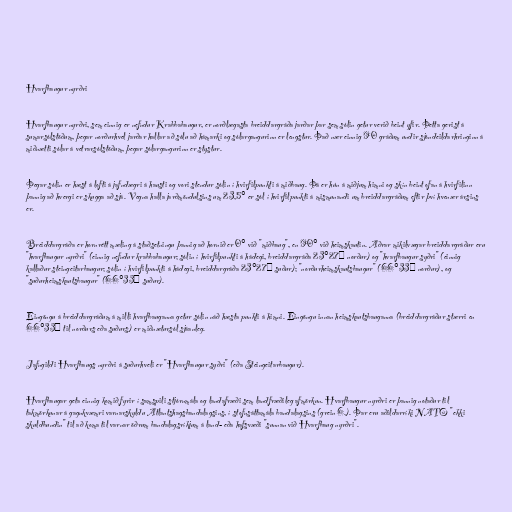
Hvarfbaugur nyrðri

Hvarfbaugur nyrðri, sem einnig er nefndur Krabbabaugur, er norðlægasta breiddargráða jarðar þar sem sólin getur verið beint yfir. Þetta gerist á
sumarsólstöðum, þegar norðurhvel jarðar hallar að sólu að hámarki og sólargangurinn er lengstur. Það nær einnig 90 gráðum undir sjóndeildarhringinn á
miðnætti sólar á vetrarsólstöðum, þegar sólargangurinn er stystur.

Þegar sólin er hæst á lofti á jafndægri á hausti og vori stendur sólin í hvirfilpunkti á miðbaug. Þá er hún á miðjum himni og skín beint ofan á hvirfilinn
þannig að hvergi er skugga að sjá. Vegna halla jarðmöndulsins um 23,5° er sól í hvirfilpunkti á mismunandi um breiddargráðum eftir því hvenær ársins
er.

Breiddargráða er hornrétt mæling á staðsetningu þannig að hornið er 0° við "miðbaug", en 90° við heimskautin. Aðrar mikilvægar breiddargráður eru
"hvarfbaugur nyrðri" (einnig nefndur krabbabaugur; sólin í hvirfilpunkti á hádegi, breiddargráða 23°27′ norður) og "hvarfbaugur syðri" (einnig
kallaður steingeitarbaugur; sólin í hvirfilpunkti á hádegi, breiddargráða 23°27′ suður); "norðurheimskautsbaugur" (66°33′ norður), og
"suðurheimskautsbaugur" (66°33′ suður).

Eingöngu á breiddargráðum á milli hvarfbauganna getur sólin náð hæsta punkti á himni. Eingöngu innan heimskautsbauganna (breiddargráður stærri en
66°33′ til norðurs eða suðurs) er miðnætursól sjáanleg.

Jafngildi Hvarfbaugs nyrðri á suðurhveli er "Hvarfbaugur syðri" (eða Steingeitarbaugur).

Hvarfbaugar geta einnig komið fyrir í samspili stjórnmála og landafræði sem landfræðileg afmörkun. Hvarfbaugur nyrðri er þannig notaður til
takmörkunar á gagnkvæmri varnarskyldu Atlantshagsbandalagsins, í stofnsáttamála bandalagsins (grein 6.). Þar eru aðildarríki NATO "ekki
skuldbundin" til að koma til varnar öðrum bandalagsríkjum á land- eða hafsvæði "sunnan við Hvarfbaug nyrðri".